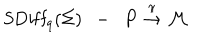
\mathrm { S D i f f } _ { q } ( \Sigma ) \ \ - \ \ P \buildrel \mathrm { \frac { \ p i } { { \rightarrow } { \cal M } } }